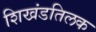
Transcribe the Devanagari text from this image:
शिखंडतिलक